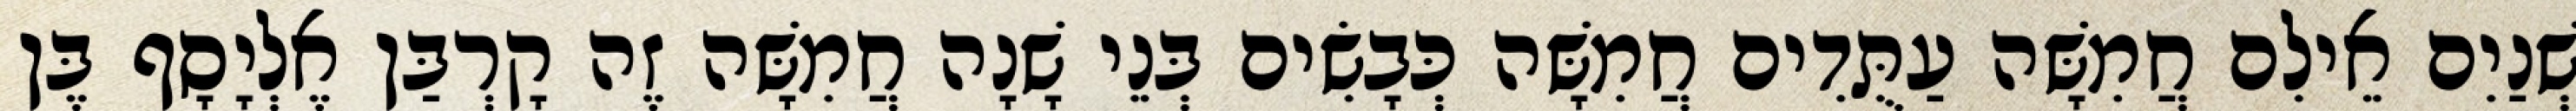
שְׁנַיִם אֵילִם חֲמִשָּׁה עַתֻּדִים חֲמִשָּׁה כְּבָשִׂים בְּנֵי שָׁנָה חֲמִשָּׁה זֶה קָרְבַּן אֶלְיָסָף בֶּן